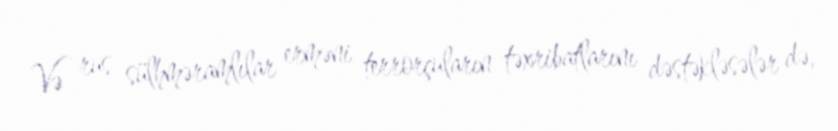
Və rus sülhməramlılar erməni terrorçuların təxribatlarını dəstəkləsələr də,